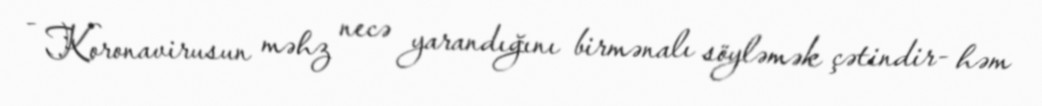
- Koronavirusun məhz necə yarandığını birmənalı söyləmək çətindir- həm